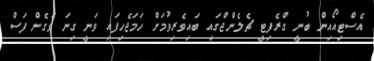
އެސްޓިއޯއިން ބުނީ ގްރެފިޓީ ޗެލެންޖްގައި ބައިވެރިވުމަށް ހަމަޖެހިފައި ވަނީ ގިނަ ވެގެން ފަސް